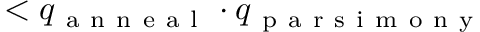
< q _ { \mathrm { ~ a ~ n ~ n ~ e ~ a ~ l ~ } } \cdot q _ { \mathrm { ~ p ~ a ~ r ~ s ~ i ~ m ~ o ~ n ~ y ~ } }